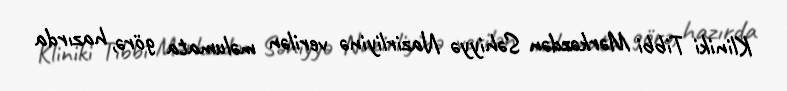
Kliniki Tibbi Mərkəzdən Səhiyyə Nazirliyinə verilən məlumata görə, hazırda